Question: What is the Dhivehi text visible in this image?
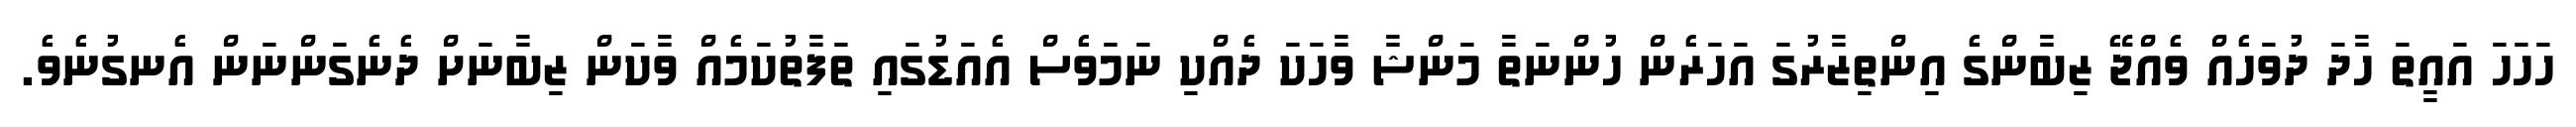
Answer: ހަހަހަ އައީތަ ހާދަ ދުވަހެއް ވެއްޖޭ ޒިބާންގެ އިންތިޒާރުގަ އަހަރެން ހުންނަތާ މަންޝާ ވާހަކަ ދެއްކި ނަމަވެސް އެއަޑުގައި ތަފާތުކަމެއް ވާކަން ޒިބާނަށް ދެނެގަންނަން އެނގުނެވެ.